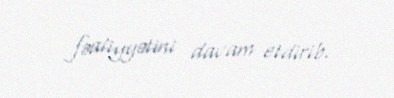
fəaliyyətini davam etdirib.